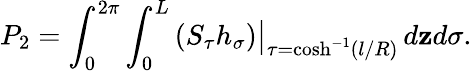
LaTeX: P_{2}=\int_{0}^{2\pi}\int_{0}^{L}\left(S_{\tau}h_{\sigma}\right)\big|_{\tau=\cosh^{-1}(l/R)}\, d\mathbf{z}d\sigma.